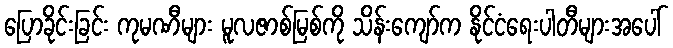
ပြောခိုင်းခြင်း ကုမဏီများ မူလဇာစ်မြစ်ကို သိန်းကျော်က နိုင်ငံရေးပါတီများအပေါ်